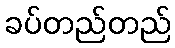
ခပ်တည်တည်